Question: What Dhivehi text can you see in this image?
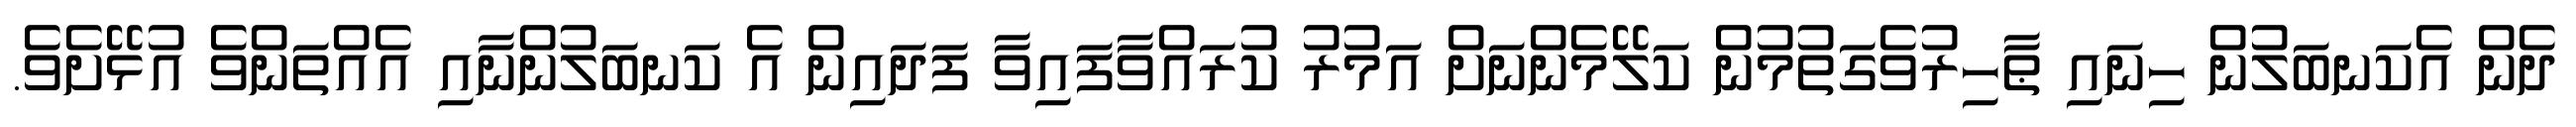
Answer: ދެން އެކަނބަލުން ހިނައި ޠާހިރުވެގަތުމުން ކަލޭމެންނަށް އަމުރު ކުރައްވާފައިވާ ފަދައިން އެ ކަނބަލުންނާއި އެއްތަންވެ އުޅޭށެވެ.